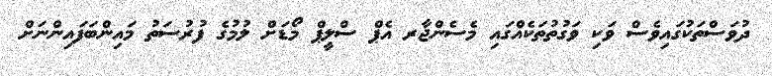
ދުވަސްތަކުގައިވެސް ވަކި ވަގުތުތަކެއްގައި މެސެންޖާރ އެޕް ސްލީޕް މޯޑަށް ލުމުގެ ފުރުސަތު މައިންބަފައިންނަށް